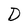
Character: D